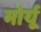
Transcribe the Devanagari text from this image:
मोर्यू